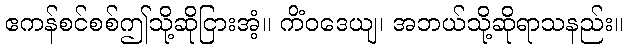
ဧကန်စင်စစ်ဤသို့ဆိုငြားအံ့။ ကိံဝဒေယျ၊ အဘယ်သို့ဆိုရာသနည်း။